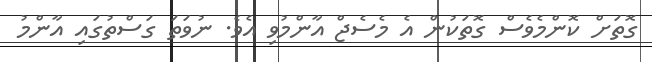
ގޮތަށް ކޮންމެވެސް ގޮތަކުން އެ މެސެޖް އާންމުވި އެވެ. ނުވަތަ ގަސްތުގައި އާންމު